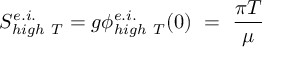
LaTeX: S _ { h i g h ~ T } ^ { e . i . } = g \phi _ { h i g h ~ T } ^ { e . i . } ( 0 ) ~ = ~ \frac { \pi T } { \mu }